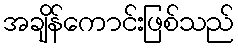
အချိန်ကောင်းဖြစ်သည်